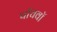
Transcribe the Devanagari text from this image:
पाॅचवाॅ